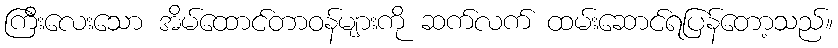
ကြီးလေးသော အိမ်ထောင်တာဝန်များကို ဆက်လက် ထမ်းဆောင်ရပြန်တော့သည်။